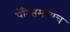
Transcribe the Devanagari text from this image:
पॅरिसमध्येच